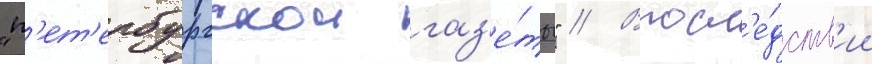
"п'ет'ербургскои газ'е́ты" // Впосл'е́дств'ии